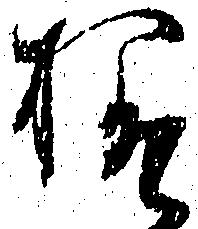
様